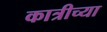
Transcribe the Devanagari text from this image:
कात्रीच्या